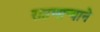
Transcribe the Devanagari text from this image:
राहणार्‍याने